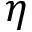
\eta